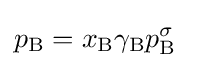
p_{\mathrm {B} }=x_{\mathrm {B} }\gamma _{\mathrm {B} }p_{\mathrm {B} }^{\sigma }\;